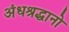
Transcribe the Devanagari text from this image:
अंधश्रद्धानो